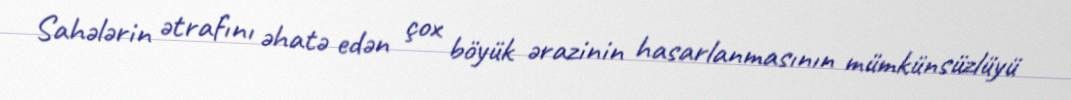
Sahələrin ətrafını əhatə edən çox böyük ərazinin hasarlanmasının mümkünsüzlüyü